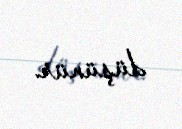
düşünür.